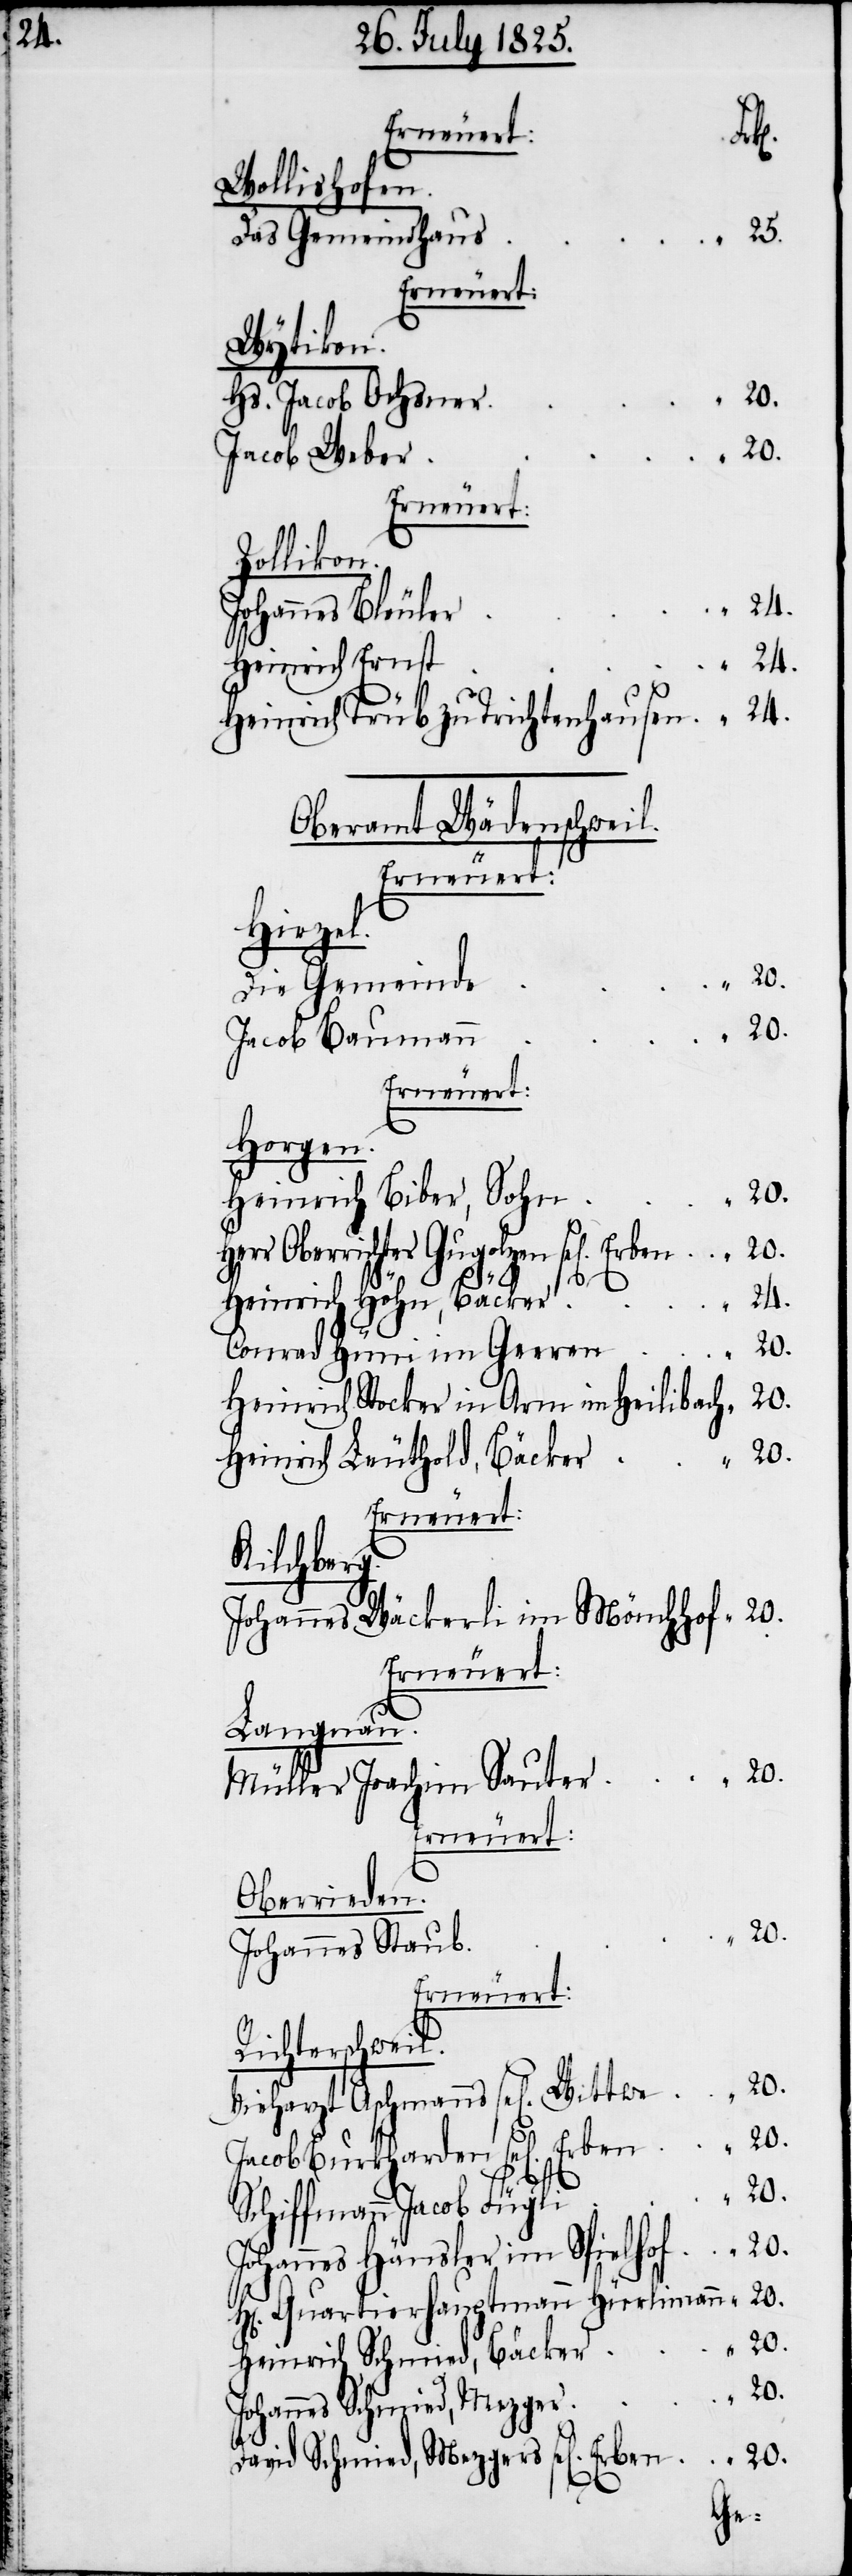
H[e¬
Wollishofen.
Das Gemeindhau¬
s	“	25.
Erneuert:
Wytikon.
Hs. Jacob Ochsne¬
r	“	20.
Zollikon.
r	“	24.
Johannes Bleule¬
Heinrich Höhn,
Heinrich Trüb zu Trichtenhausen	“	24.
Oberamt Wädenschweil.
Hirzel.
Die Gemeinde
Jacob Bauman¬
Erneuert:
Horgen.
errichter Gugolzen sel[igen]
Conrad Hüni im Gerren	“	20.
Heinrich Stocker in Arm im Heilibach	“	20.
Heinrich Leuthold, Bäcker	“	20.
Erneuert:
Kilchberg.
Johannes Wäckerli im Mönchhof	“	20.
Erneuert:
Langnau.
i	“	20.
Müller Joachim Saute¬
Erneuert:
Oberrieden.
Johannes Stau¬
Erneuert:
Richterschweil.
Vieharzt Aschmanns sel[igen]
Jacob Burkharden sel[igen]
Schiffmann Jacob Fügl¬
Johannes Häusler im Spielhof	“	20.
rr] Quartierhauptmann Hürrliman¬
Heinrich Schmied, Bäcke¬
Johannes Schmied, Mezge¬
r	“	20.
David Schmied, Mezger sel[igen]